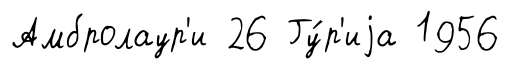
Амбролаур'и 26 Гу́р'иjа 1956